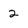
Character: 2